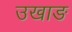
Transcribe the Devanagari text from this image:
उखाङ